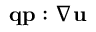
\mathbf { { q } } \mathbf { { p } } : \nabla \mathbf { { u } }